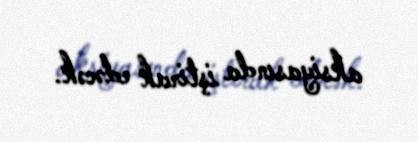
aksiyasında iştirak edəcək.